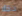
دخلا